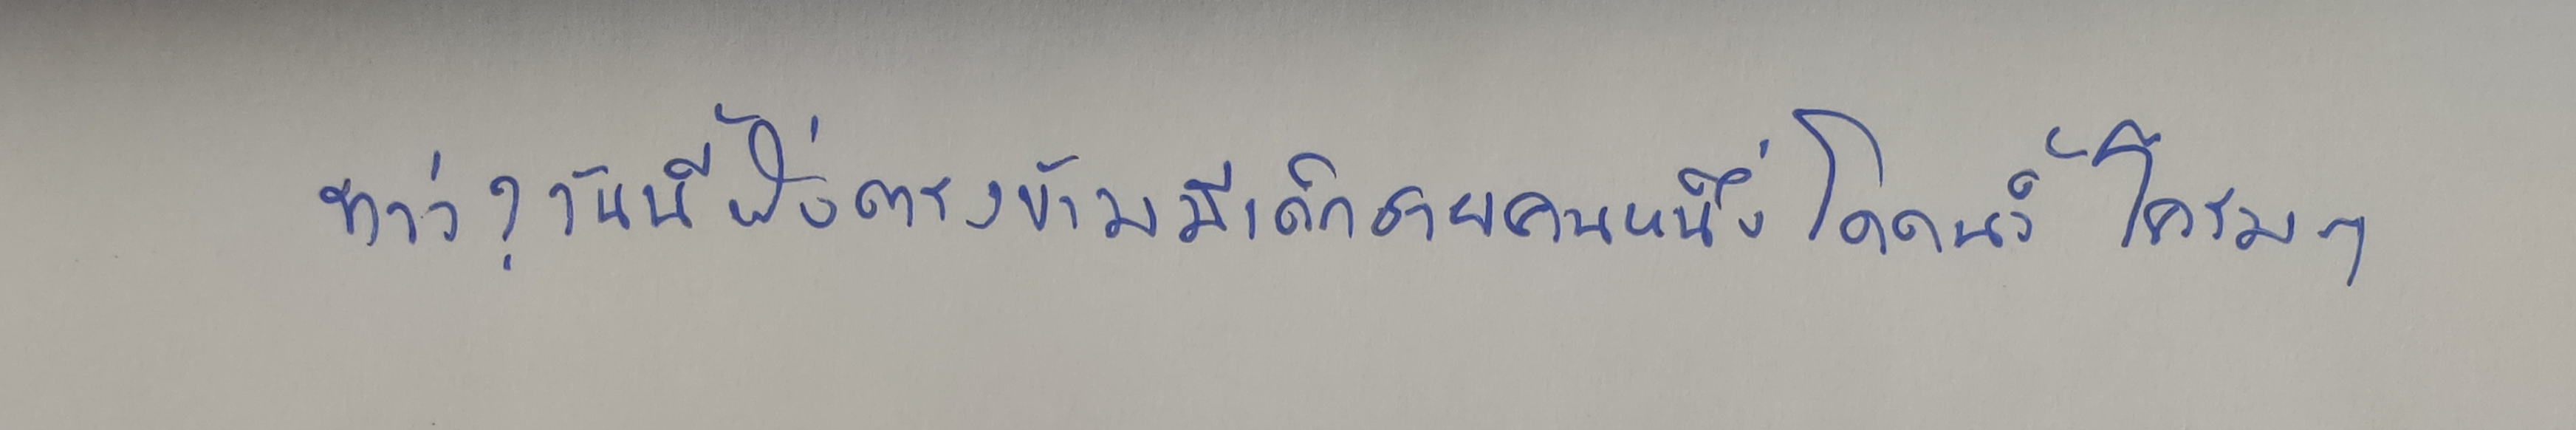
ทว่า?.วันนี้ฝั่งตรงข้ามมีเด็กชายคนหนึ่งโดดน้ำโครมๆ